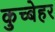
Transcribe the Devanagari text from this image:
कुच्बेहर